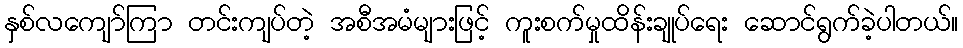
နှစ်လကျော်ကြာ တင်းကျပ်တဲ့ အစီအမံများဖြင့် ကူးစက်မှုထိန်းချုပ်ရေး ဆောင်ရွက်ခဲ့ပါတယ်။